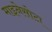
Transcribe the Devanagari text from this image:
माइनेसोटा